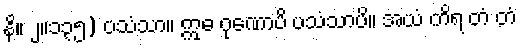
နိ။ ၂။၁၃၅) ပသံသာ။ ဣဓ ဂုဏောပိ ပသံသာပိ။ အယံ ကိရ တံ တံ